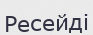
Ресейді